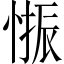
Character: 𱞾